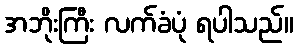
အဘိုးကြီး လက်ခံပုံ ရပါသည်။